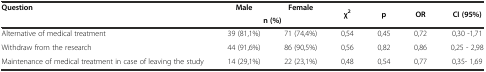
<table><thead><tr><td rowspan="2"><b>Question</b></td><td><b>Male</b></td><td><b>Female</b></td><td rowspan="2"><b>χ<sup>2</sup></b></td><td rowspan="2"><b>p</b></td><td rowspan="2"><b>OR</b></td><td rowspan="2"><b>CI (95%)</b></td></tr><tr><td colspan="2"><b>n (%)</b></td></tr></thead><tbody><tr><td>Alternative of medical treatment</td><td>39 (81,1%)</td><td>71 (74,4%)</td><td>0,54</td><td>0,45</td><td>0,72</td><td>0,30 -1,71</td></tr><tr><td>Withdraw from the research</td><td>44 (91,6%)</td><td>86 (90,5%)</td><td>0,56</td><td>0,82</td><td>0,86</td><td>0,25 - 2,98</td></tr><tr><td>Maintenance of medical treatment in case of leaving the study</td><td>14 (29,1%)</td><td>22 (23,1%)</td><td>0,48</td><td>0,54</td><td>0,77</td><td>0,35- 1,69</td></tr></tbody></table>